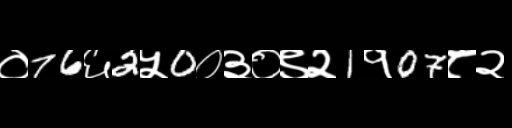
Text: ०76६2५0०३०९२1१07८२